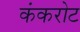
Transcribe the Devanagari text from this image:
कंकरोट